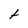
Character: t